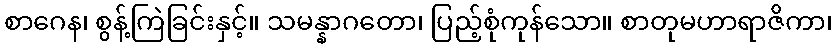
စာဂေန၊ စွန့်ကြဲခြင်းနှင့်။ သမန္နာဂတော၊ ပြည့်စုံကုန်သော။ စာတုမဟာရာဇိကာ၊